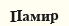
Памир